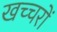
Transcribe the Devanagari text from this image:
खच्‍चरों